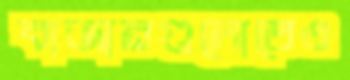
বাজারগুলোতেও